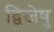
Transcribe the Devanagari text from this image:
द्विजेषु